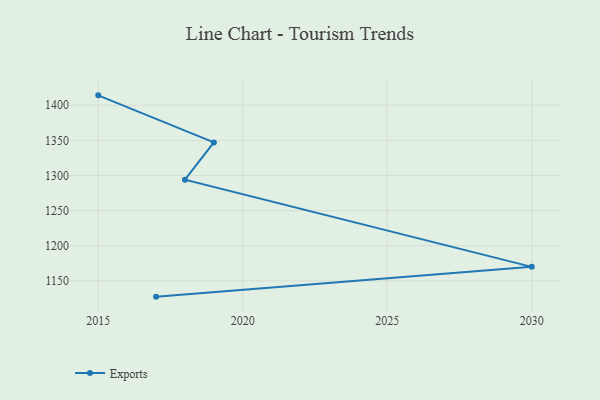
{"axis": {"x": "Year", "y": "Revenue (USD Million)"}, "legend": ["Exports"], "data": [{"x": "2017", "y": 1127.5, "type": "Exports"}, {"x": "2030", "y": 1169.9, "type": "Exports"}, {"x": "2018", "y": 1294.1, "type": "Exports"}, {"x": "2019", "y": 1347.1, "type": "Exports"}, {"x": "2015", "y": 1414.1, "type": "Exports"}]}